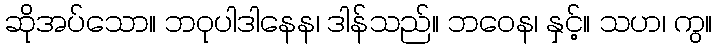
ဆိုအပ်သော။ ဘဝုပါဒါနေန၊ ဒါန်သည်။ ဘဝေန၊ နှင့်။ သဟ၊ ကွ။